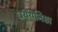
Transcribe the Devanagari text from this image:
धयेयनिष्ठा